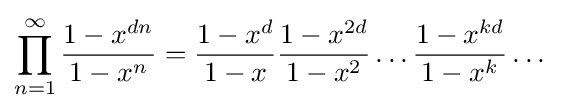
\prod _{n=1}^{\infty }{\frac {1-x^{dn}}{1-x^{n}}}={\frac {1-x^{d}}{1-x}}{\frac {1-x^{2d}}{1-x^{2}}}\dots {\frac {1-x^{kd}}{1-x^{k}}}\dots